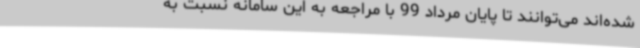
شده‌اند می‌توانند تا پایان مرداد 99 با مراجعه به این سامانه نسبت به